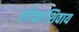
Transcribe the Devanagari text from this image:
लोकांशिवाय